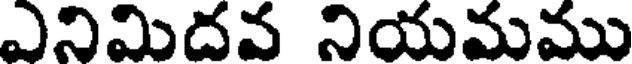
ఎనిమిదవ నియమము